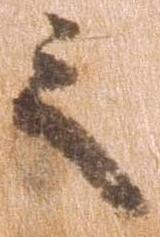
之